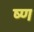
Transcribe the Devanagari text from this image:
ष्ण